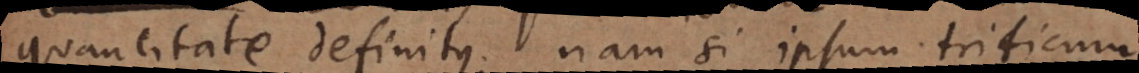
quantitate definitus; nam si ipsum triticum